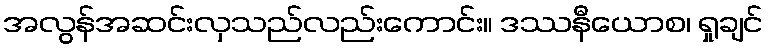
အလွန်အဆင်းလှသည်လည်းကောင်း။ ဒဿနီယောစ၊ ရှုချင်